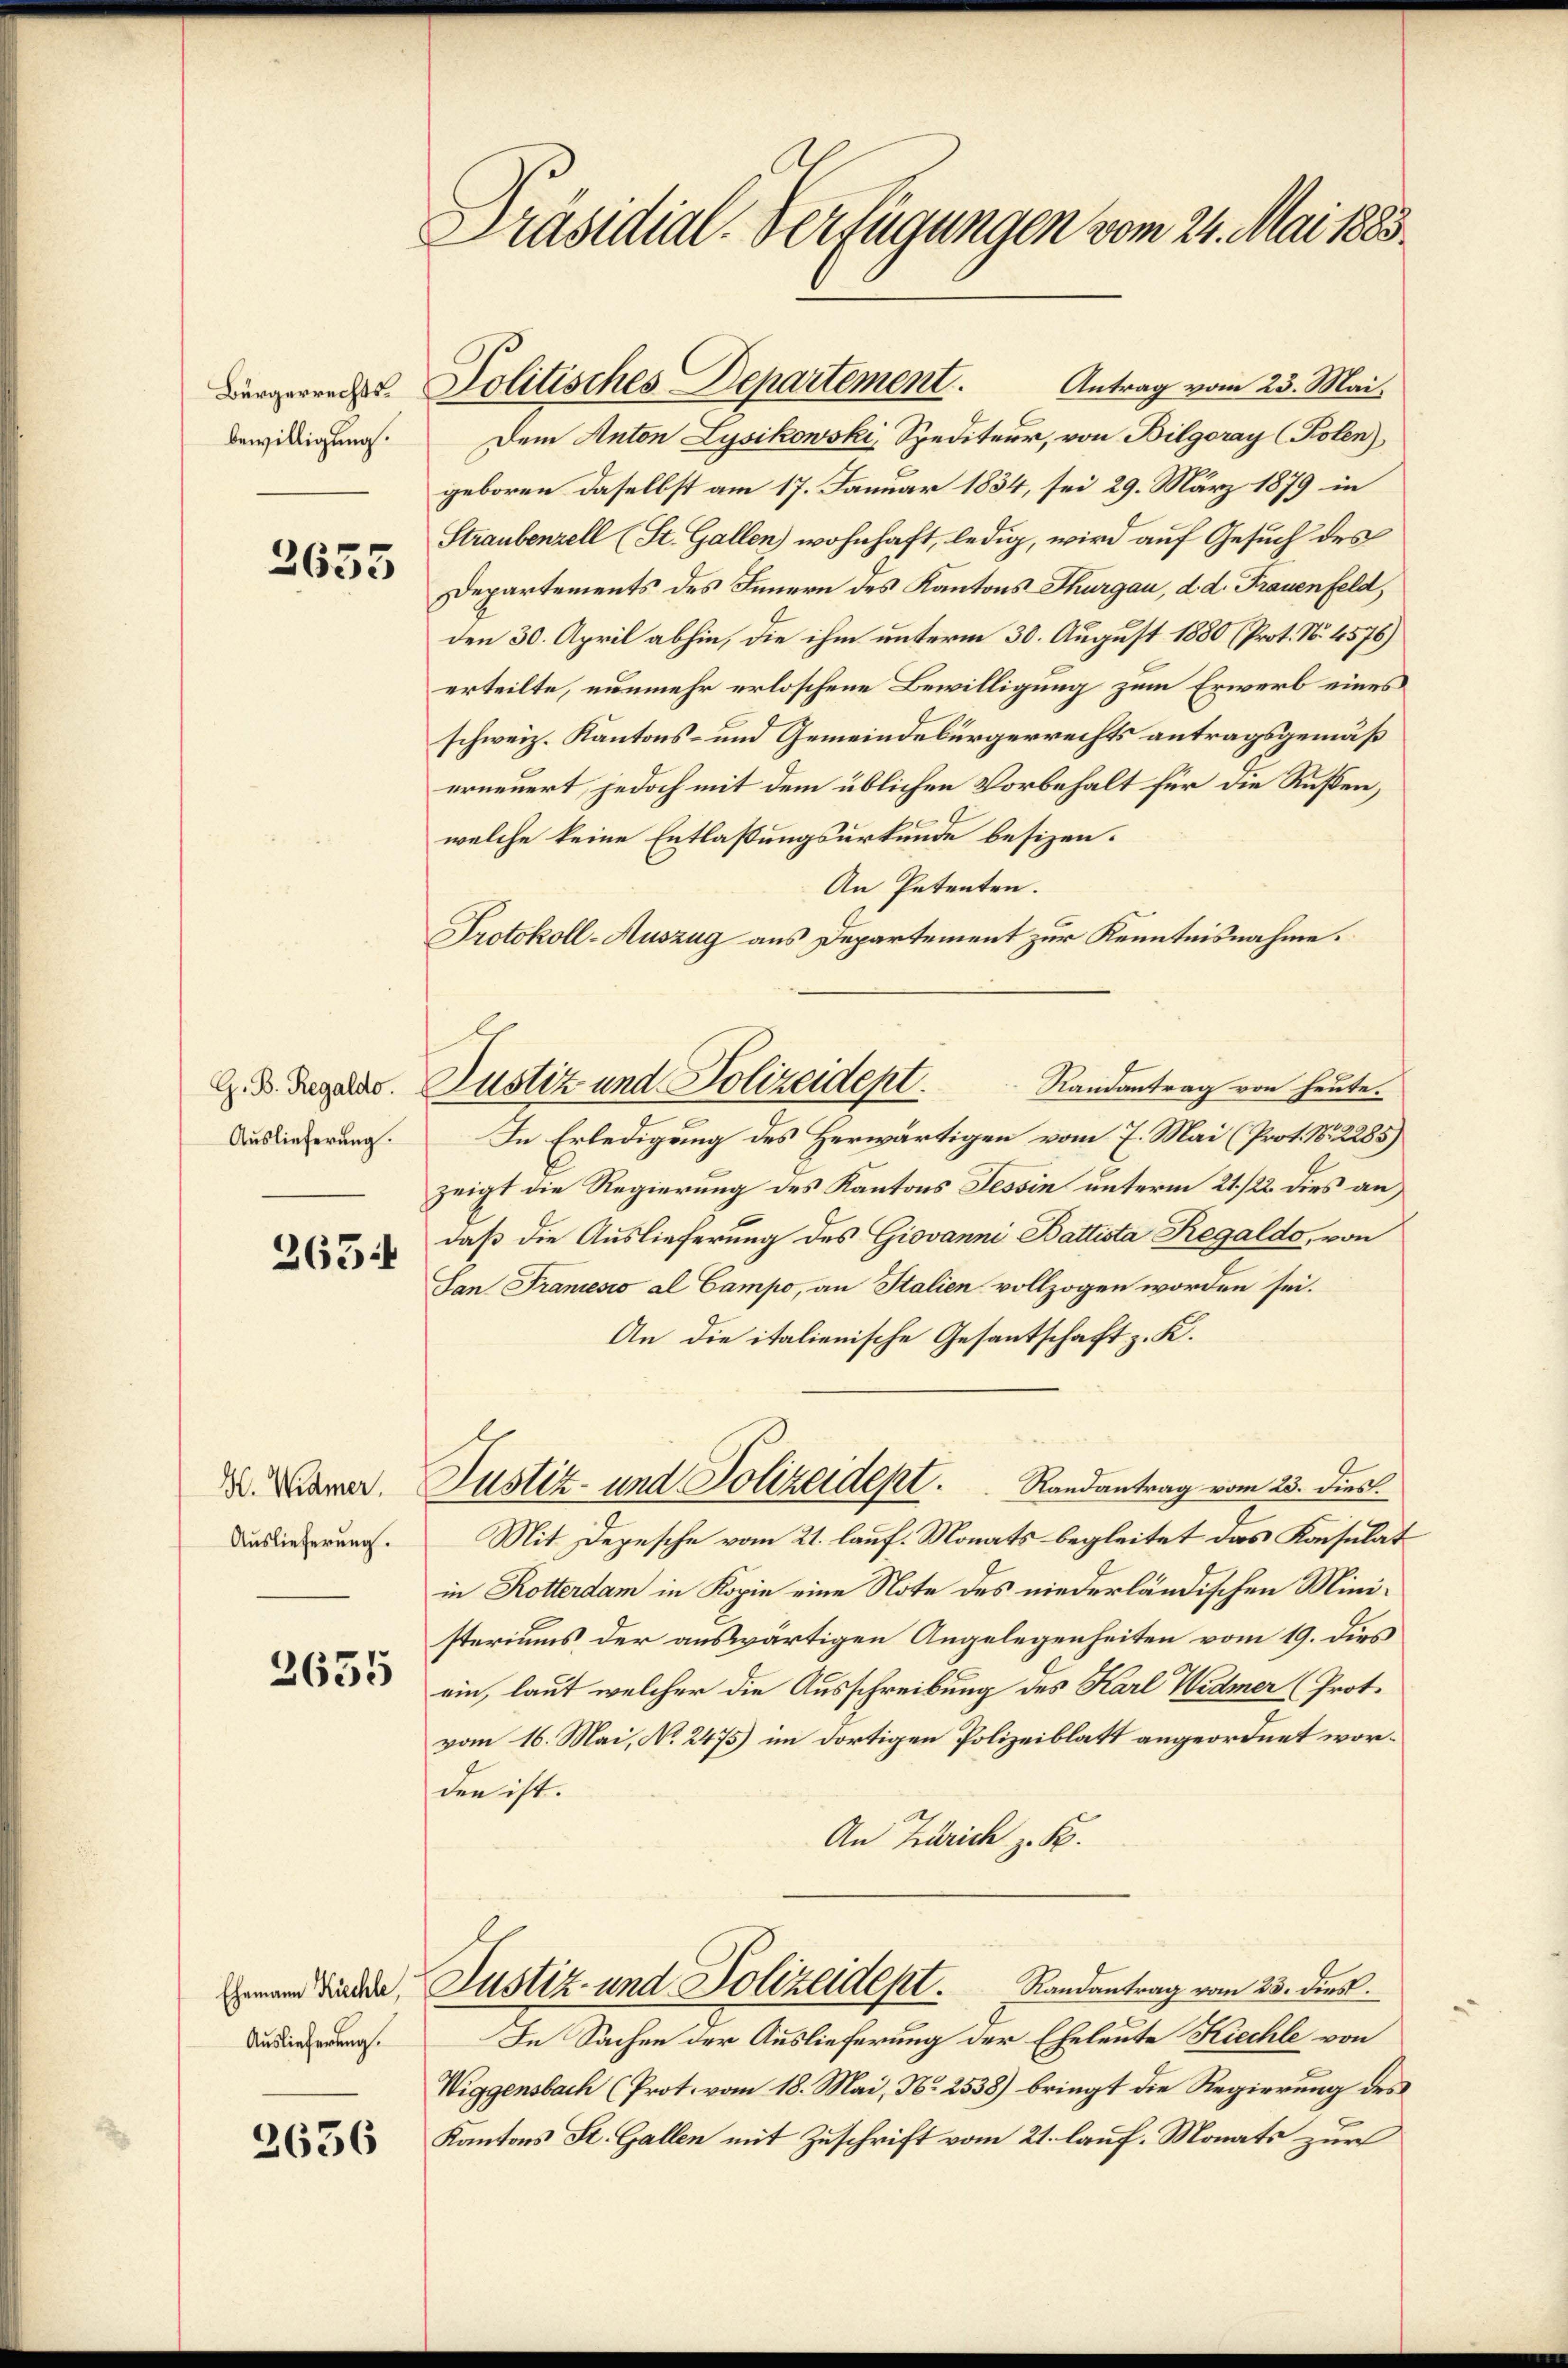
Bürgerrechtsbewilligung.

3655

Auslieferung.

365

H. Widmer,
Auslieferung.

2655

Ehemann Kirchle,
Auslieferung.

2636

.
Präsidial-Verfügungen vom 24. Mai 1883.

Antrag vom 23. Mai.
Dem Anton Lysikowski, Spediteur, von Bilgoray (Polen)
geboren daselbst am 17. Januar 1834, sei 29. März 1879 in
Straubenzell (St. Gallen wohnhaft, ledig, wird auf Gesuch des
Departements des Innern des Kantons Thurgau, d. d. Frauenfeld,
den 30. April abhin, die ihm unterm 30. August 1880 (Prot. No. 4576)
erteilte, nunmehr erloschene Bewilligung zum Erwerb eines
schweiz. Kantons- und Gemeindebürgerrechts antragsgemäß
erneuert, jedoch mit dem üblichen Vorbehalt für die Rußen,
welche keine Entlaßungsurkunde besizen.
An Petenten.
Protokoll-Auszug aus Departement zur Kenntnisnahme.
Randantrag von heute.
In Erledigung des Herwärtigen vom 7. Mai (Prot. No. 2285)
zeigt die Regierung des Kantons Tessin unterm 21./22. dies an
daß die Auslieferung des Giovanni Battista Regaldo, von
San Francesso al Campo, an Italien vollzogen worden sei.
An die italienische Gesantschaft z. K.
Justiz- und Polizeidept.
Randantrag vom 23. dies.
Mit Depesche vom 21. lauf. Monats begleitet das Konsulat
in Rotterdam in Kopie eine Note des niederländischen Ministeriums der auswärtigen Angelegenheiten vom 19. dies
ein, laut welcher die Ausschreibung des Karl Widmer (Prot.
vom 16. Mai, No. 2475) im dortigen Polizeiblatt angeordnet worden ist.
An Zürich z. B.
Justiz- und Polizeidept. Randantrag vom 23. dies
In Sachen der Auslieferung der Eheleute Kiechle von
Wiggensbach (Prot. vom 18. Mai, No. 2538) bringt die Regierung des
Kantons St. Gallen mit Zuschrift vom 21. lauf. Monats zur

Politisches Departement.

G. D. Regeln. Pustiz und Polizeident.